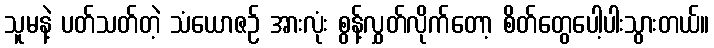
သူမနဲ့ ပတ်သတ်တဲ့ သံယောဇဉ် အားလုံး စွန့်လွှတ်လိုက်တော့ စိတ်တွေပေါ့ပါးသွားတယ်။